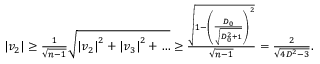
\begin{array} { r } { \left| v _ { 2 } \right| \geq \frac { 1 } { \sqrt { n - 1 } } \sqrt { \left| v _ { 2 } \right| ^ { 2 } + \left| v _ { 3 } \right| ^ { 2 } + \ldots } \geq \frac { \sqrt { 1 - \left( \frac { D _ { 0 } } { \sqrt { D _ { 0 } ^ { 2 } + 1 } } \right) ^ { 2 } } } { \sqrt { n - 1 } } = \frac { 2 } { \sqrt { 4 D ^ { 2 } - 3 } } . } \end{array}